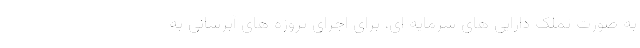
به صورت تملک دارایی های سرمایه ای، برای اجرای پروژه های آبرسانی به